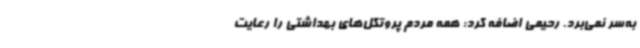
به‌سر نمی‌برد. رحیمی اضافه کرد: همه مردم پروتکل‌های بهداشتی را رعایت